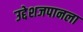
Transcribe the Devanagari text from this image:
उद्देशजपानला